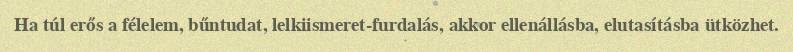
Ha túl erős a félelem, bűntudat, lelkiismeret-furdalás, akkor ellenállásba, elutasításba ütközhet.